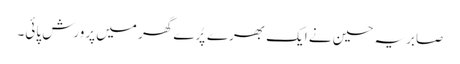
صابریہ حسین نے ایک بھرے پُرے گھر میں پرورش پائی۔